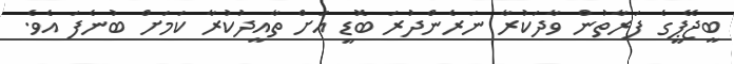
ބީޖޭޕީގެ ފަރާތުން ވާދަކުރާ ނަރެންދުރަ ބޮޑީ އަށް ތާއީދުކުރާ ކަމަށް ބުނެފަ އެވެ.